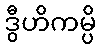
ဒွီဟိကမ္ပိ